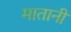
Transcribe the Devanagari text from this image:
मातानी